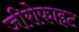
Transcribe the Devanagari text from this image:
जीरोफाइट